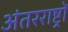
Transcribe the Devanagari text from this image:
अंतरराष्ट्रों